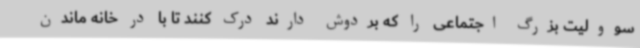
سوولیت بزرگ اجتماعی را که بردوش دارند درک کنند تا با در خانه ماندن